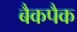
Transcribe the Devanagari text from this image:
बैकपैक